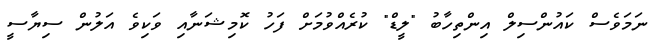
ނަމަވެސް ކައުންސިލް އިންތިހާބު "ލީޑް" ކުރެއްވުމަށް ފަހު ކޮމިޝަނާއި ވަކިވެ އަލުން ސިޔާސީ